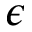
\epsilon